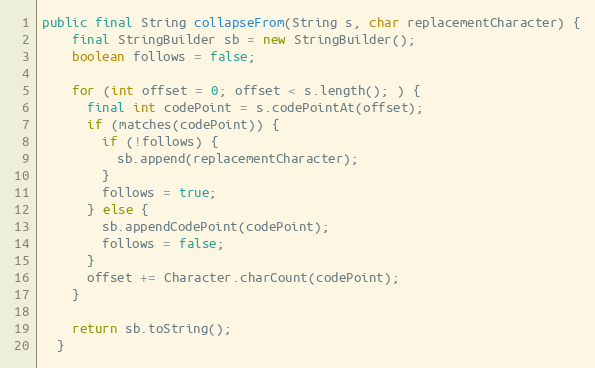
Language: Java
public final String collapseFrom(String s, char replacementCharacter) {
    final StringBuilder sb = new StringBuilder();
    boolean follows = false;

    for (int offset = 0; offset < s.length(); ) {
      final int codePoint = s.codePointAt(offset);
      if (matches(codePoint)) {
        if (!follows) {
          sb.append(replacementCharacter);
        }
        follows = true;
      } else {
        sb.appendCodePoint(codePoint);
        follows = false;
      }
      offset += Character.charCount(codePoint);
    }

    return sb.toString();
  }